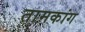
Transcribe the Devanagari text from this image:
तामकांग